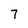
Character: 7